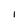
Character: l